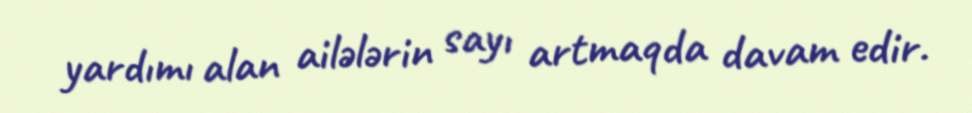
yardımı alan ailələrin sayı artmaqda davam edir.